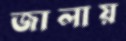
জালায়